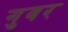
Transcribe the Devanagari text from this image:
गुबर